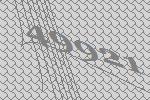
49921